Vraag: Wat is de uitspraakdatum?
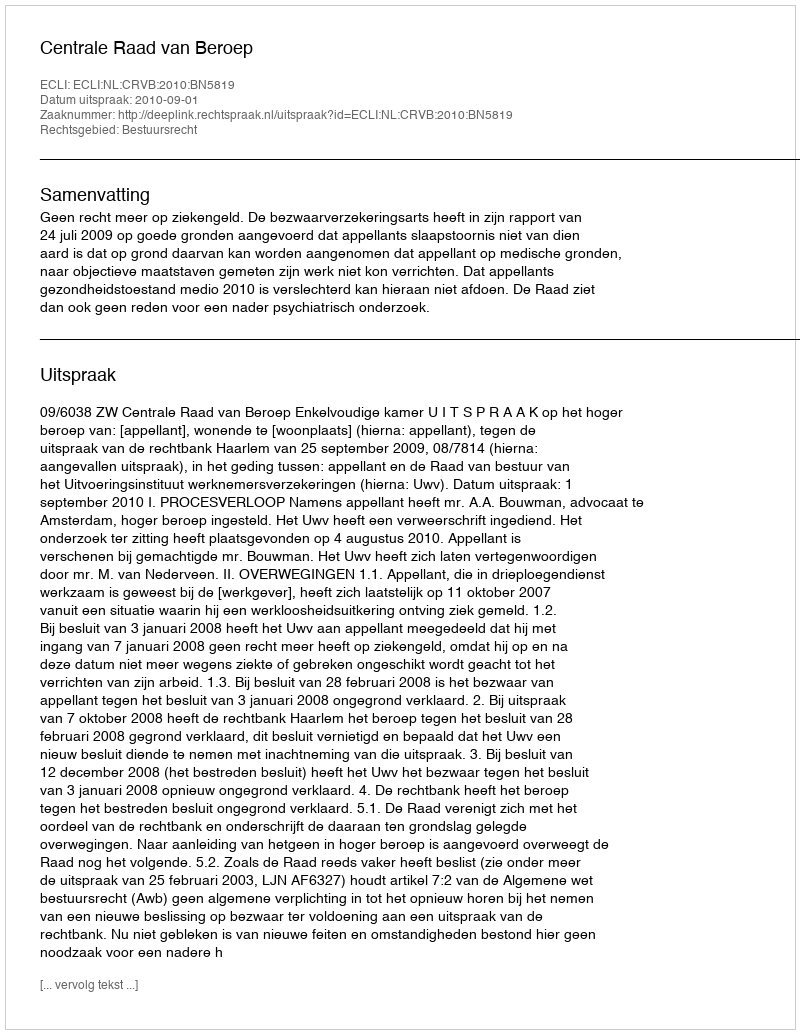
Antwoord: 2010-09-01